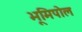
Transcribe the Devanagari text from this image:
भूमिपोल